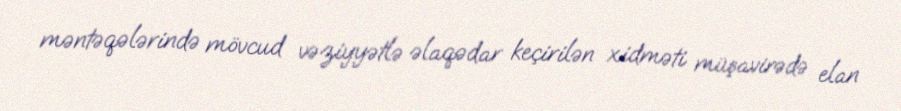
məntəqələrində mövcud vəziyyətlə əlaqədar keçirilən xidməti müşavirədə elan